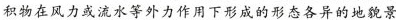
积物在风力或流水等外力作用下形成的形态各异的地貌景